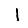
Digit: 1